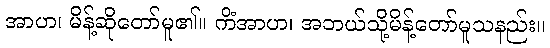
အာဟ၊ မိန့်ဆိုတော်မူ၏။ ကိံအာဟ၊ အဘယ်သို့မိန့်တော်မူသနည်း။